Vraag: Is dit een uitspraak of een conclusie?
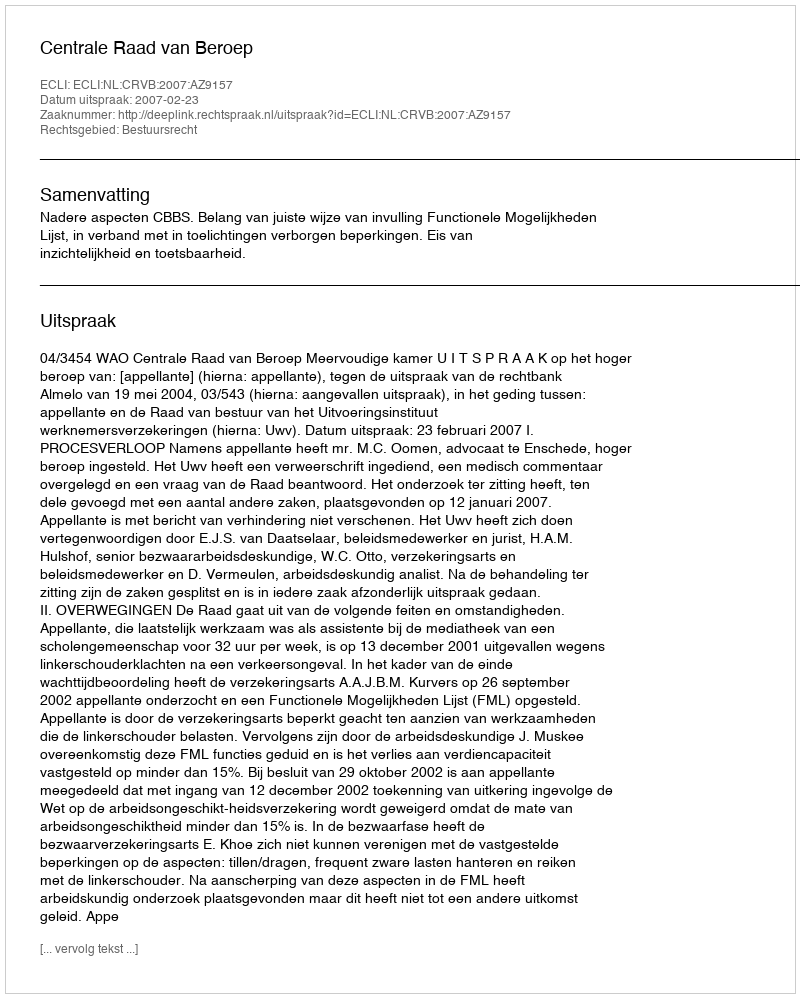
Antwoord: Uitspraak